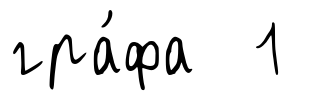
гра́фа 1